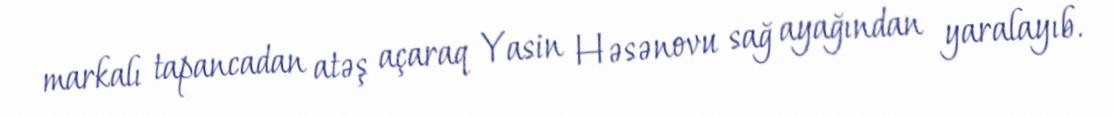
markalı tapancadan atəş açaraq Yasin Həsənovu sağ ayağından yaralayıb.